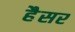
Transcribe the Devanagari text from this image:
हैैसर